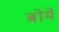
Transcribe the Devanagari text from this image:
बोमे